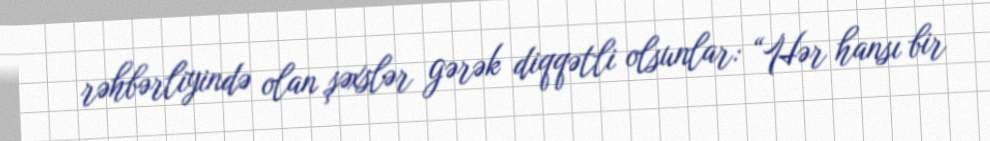
rəhbərliyində olan şəxslər gərək diqqətli olsunlar: “Hər hansı bir